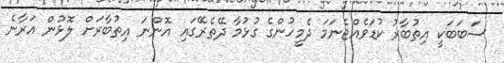
ސަބަބަކީ އިތުބާރު ކުޑަވެއްޖެނަމަ ދެމީހުންގެ ގުޅުމާ ދޭތެރޭގައި އޮންނަ އިތުބާރަށް ލޮޅުން އަރާނެ